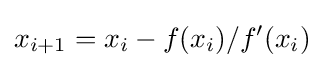
x_{i+1}=x_{i}-f(x_{i})/f^{\prime }(x_{i})